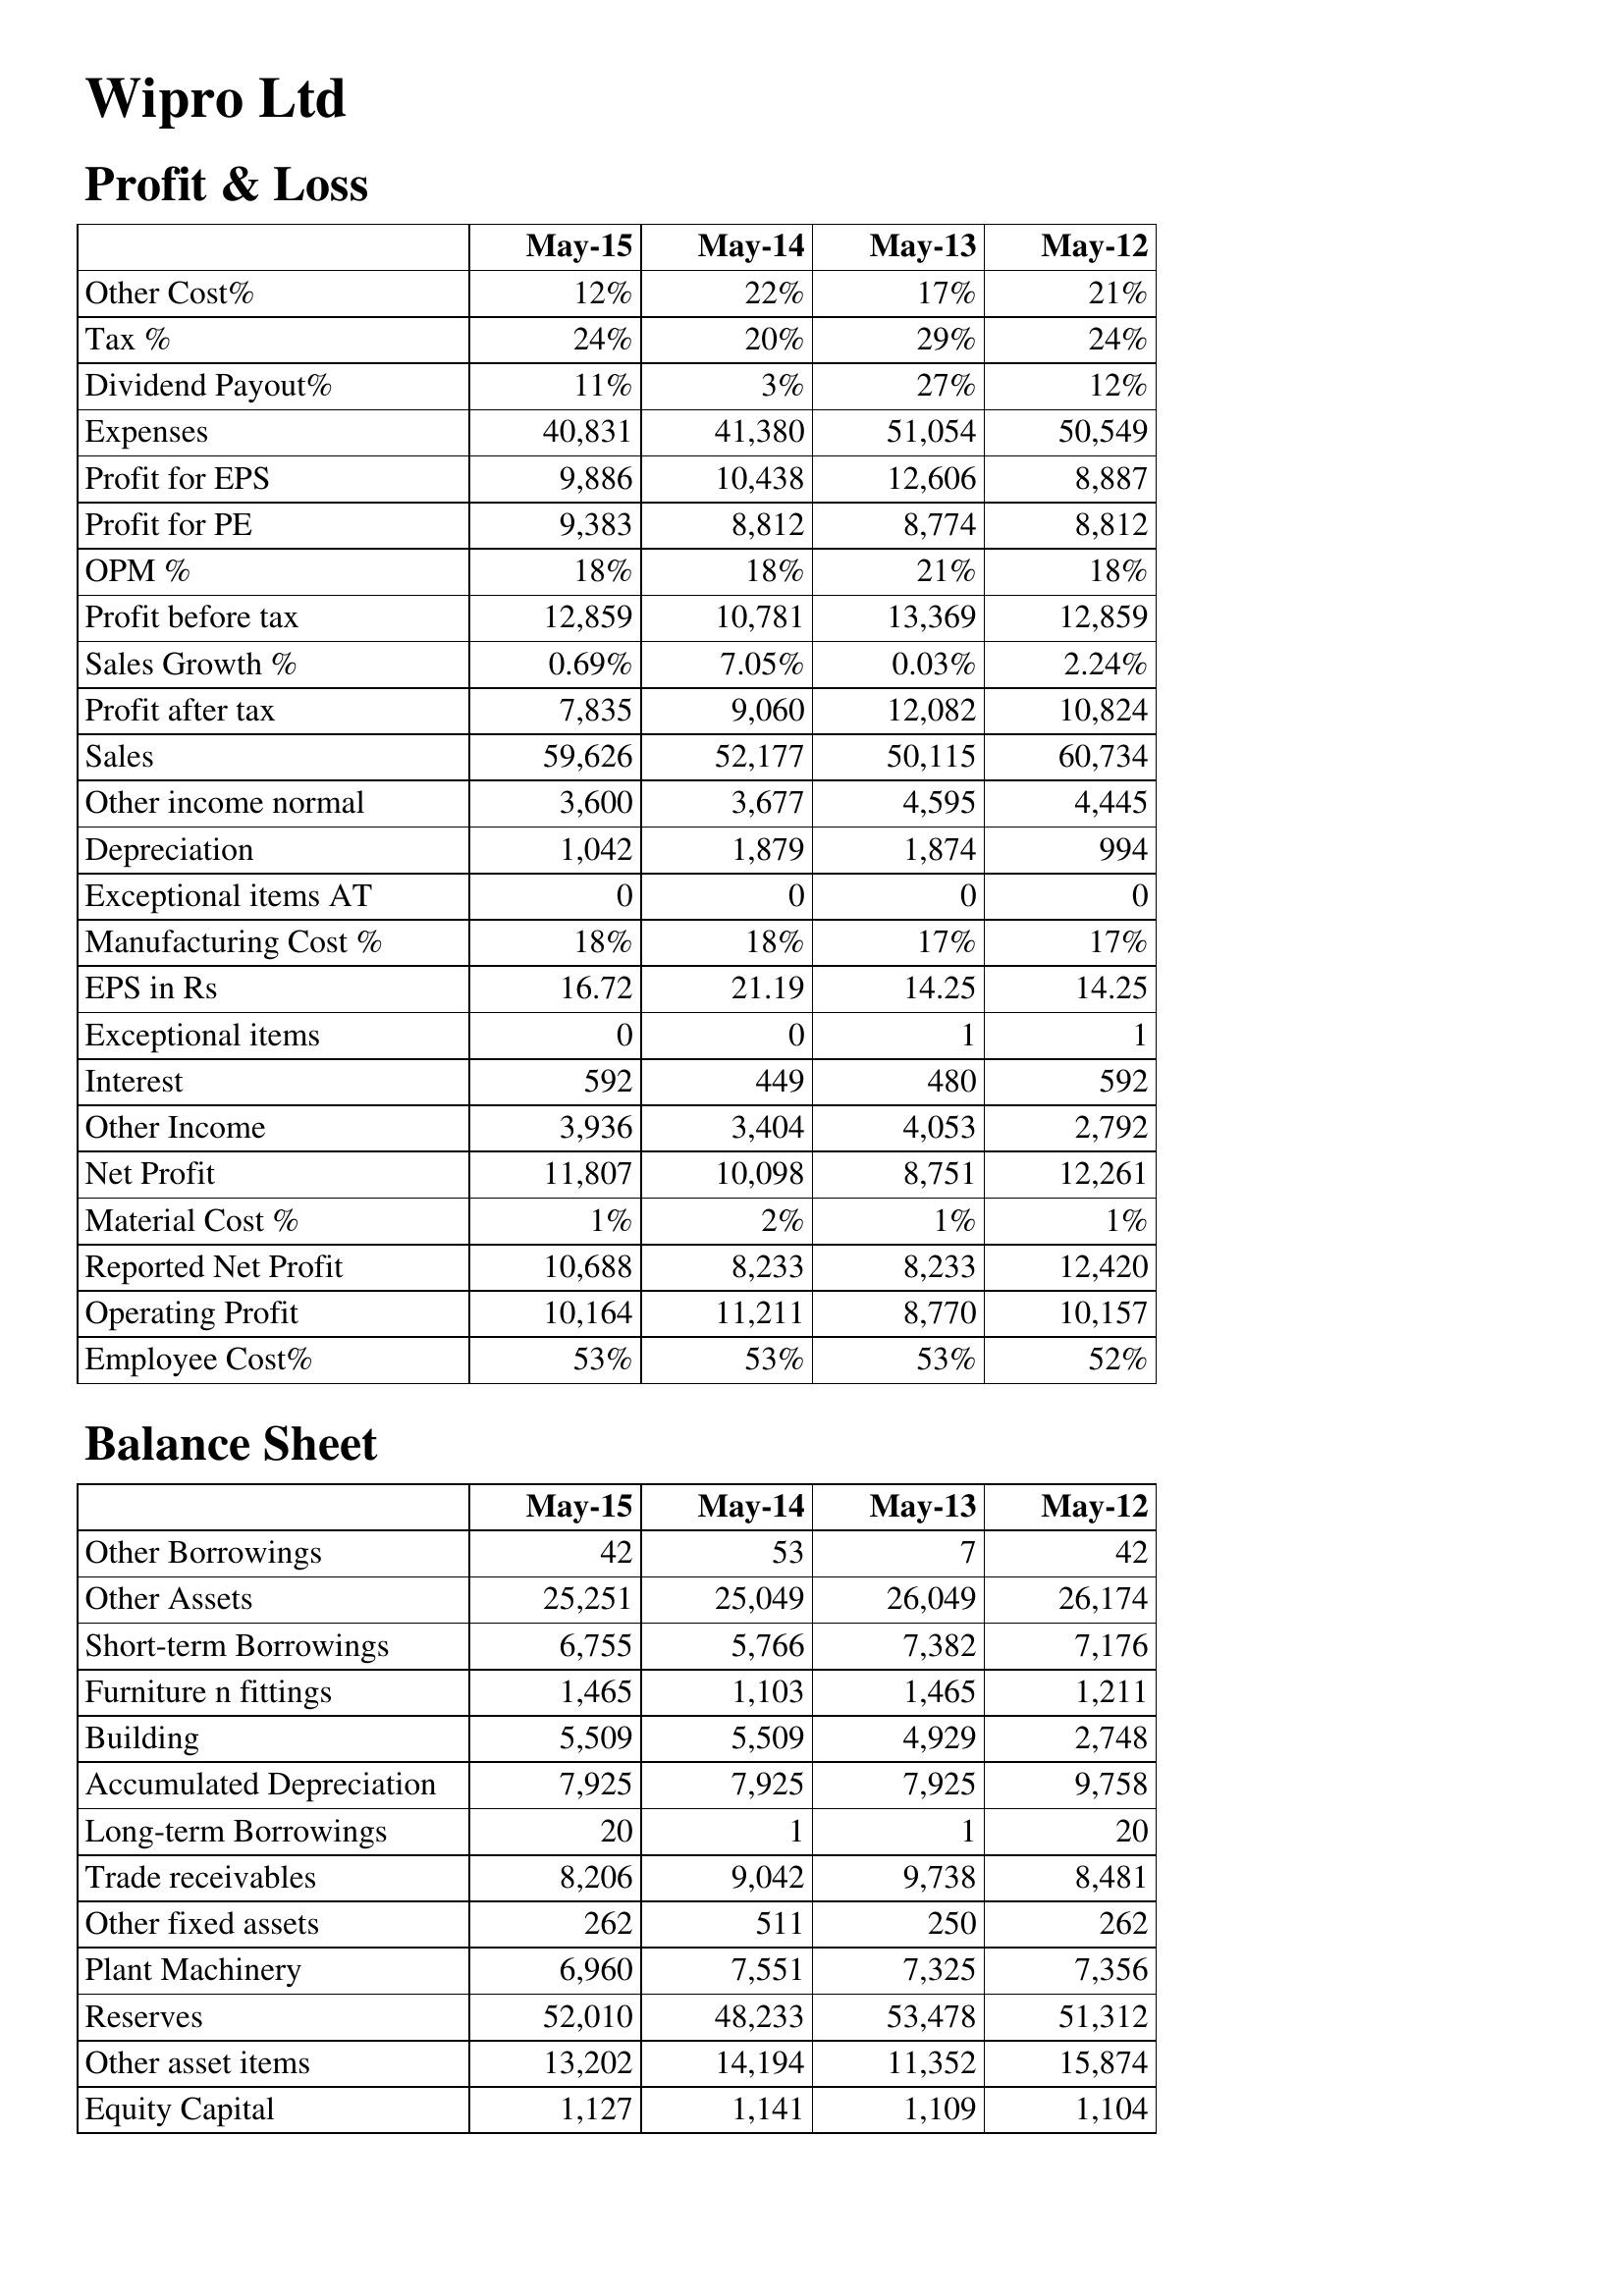
May-15: Profit & Loss: Other Cost%: 12%
Tax %: 24%
Dividend Payout%: 11%
Expenses: 40,831
Profit for EPS: 9,886
Profit for PE: 9,383
OPM %: 18%
Profit before tax: 12,859
Sales Growth %: 0.69%
Profit after tax: 7,835
Sales: 59,626
Other income normal: 3,600
Depreciation: 1,042
Exceptional items AT: 0
Manufacturing Cost %: 18%
EPS in Rs: 16.72
Exceptional items: 0
Interest: 592
Other Income: 3,936
Net Profit: 11,807
Material Cost %: 1%
Reported Net Profit: 10,688
Operating Profit: 10,164
Employee Cost%: 53%
Balance Sheet: Other Borrowings: 42
Other Assets: 25,251
Short-term Borrowings: 6,755
Furniture n fittings: 1,465
Building: 5,509
Accumulated Depreciation: 7,925
Long-term Borrowings: 20
Trade receivables: 8,206
Other fixed assets: 262
Plant Machinery: 6,960
Reserves: 52,010
Other asset items: 13,202
Equity Capital: 1,127
May-14: Profit & Loss: Other Cost%: 22%
Tax %: 20%
Dividend Payout%: 3%
Expenses: 41,380
Profit for EPS: 10,438
Profit for PE: 8,812
OPM %: 18%
Profit before tax: 10,781
Sales Growth %: 7.05%
Profit after tax: 9,060
Sales: 52,177
Other income normal: 3,677
Depreciation: 1,879
Exceptional items AT: 0
Manufacturing Cost %: 18%
EPS in Rs: 21.19
Exceptional items: 0
Interest: 449
Other Income: 3,404
Net Profit: 10,098
Material Cost %: 2%
Reported Net Profit: 8,233
Operating Profit: 11,211
Employee Cost%: 53%
Balance Sheet: Other Borrowings: 53
Other Assets: 25,049
Short-term Borrowings: 5,766
Furniture n fittings: 1,103
Building: 5,509
Accumulated Depreciation: 7,925
Long-term Borrowings: 1
Trade receivables: 9,042
Other fixed assets: 511
Plant Machinery: 7,551
Reserves: 48,233
Other asset items: 14,194
Equity Capital: 1,141
May-13: Profit & Loss: Other Cost%: 17%
Tax %: 29%
Dividend Payout%: 27%
Expenses: 51,054
Profit for EPS: 12,606
Profit for PE: 8,774
OPM %: 21%
Profit before tax: 13,369
Sales Growth %: 0.03%
Profit after tax: 12,082
Sales: 50,115
Other income normal: 4,595
Depreciation: 1,874
Exceptional items AT: 0
Manufacturing Cost %: 17%
EPS in Rs: 14.25
Exceptional items: 1
Interest: 480
Other Income: 4,053
Net Profit: 8,751
Material Cost %: 1%
Reported Net Profit: 8,233
Operating Profit: 8,770
Employee Cost%: 53%
Balance Sheet: Other Borrowings: 7
Other Assets: 26,049
Short-term Borrowings: 7,382
Furniture n fittings: 1,465
Building: 4,929
Accumulated Depreciation: 7,925
Long-term Borrowings: 1
Trade receivables: 9,738
Other fixed assets: 250
Plant Machinery: 7,325
Reserves: 53,478
Other asset items: 11,352
Equity Capital: 1,109
May-12: Profit & Loss: Other Cost%: 21%
Tax %: 24%
Dividend Payout%: 12%
Expenses: 50,549
Profit for EPS: 8,887
Profit for PE: 8,812
OPM %: 18%
Profit before tax: 12,859
Sales Growth %: 2.24%
Profit after tax: 10,824
Sales: 60,734
Other income normal: 4,445
Depreciation: 994
Exceptional items AT: 0
Manufacturing Cost %: 17%
EPS in Rs: 14.25
Exceptional items: 1
Interest: 592
Other Income: 2,792
Net Profit: 12,261
Material Cost %: 1%
Reported Net Profit: 12,420
Operating Profit: 10,157
Employee Cost%: 52%
Balance Sheet: Other Borrowings: 42
Other Assets: 26,174
Short-term Borrowings: 7,176
Furniture n fittings: 1,211
Building: 2,748
Accumulated Depreciation: 9,758
Long-term Borrowings: 20
Trade receivables: 8,481
Other fixed assets: 262
Plant Machinery: 7,356
Reserves: 51,312
Other asset items: 15,874
Equity Capital: 1,104